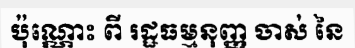
ប៉ុណ្ណោះ ពី រដ្ឋធម្មនុញ្ញ ចាស់ នៃ